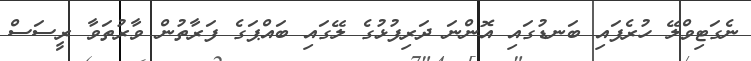
ނެގަޓިވްލޭ ހުރެފައި ބަނޑުގައި އޮންނަ ދަރިފުޅުގެ ލޭގައި ބައްޕަގެ ފަރާތުން ވާރުތަވާ ރީސަސް